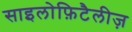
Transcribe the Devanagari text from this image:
साइलोफ़िटैलीज़